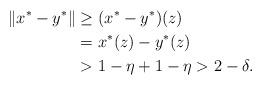
LaTeX: \begin{align*} \|x^* - y^*\| &\ge (x^*-y^*)(z) \\ &= x^*(z) - y^*(z) \\ & > 1 - \eta + 1 - \eta > 2 - \delta. \end{align*}